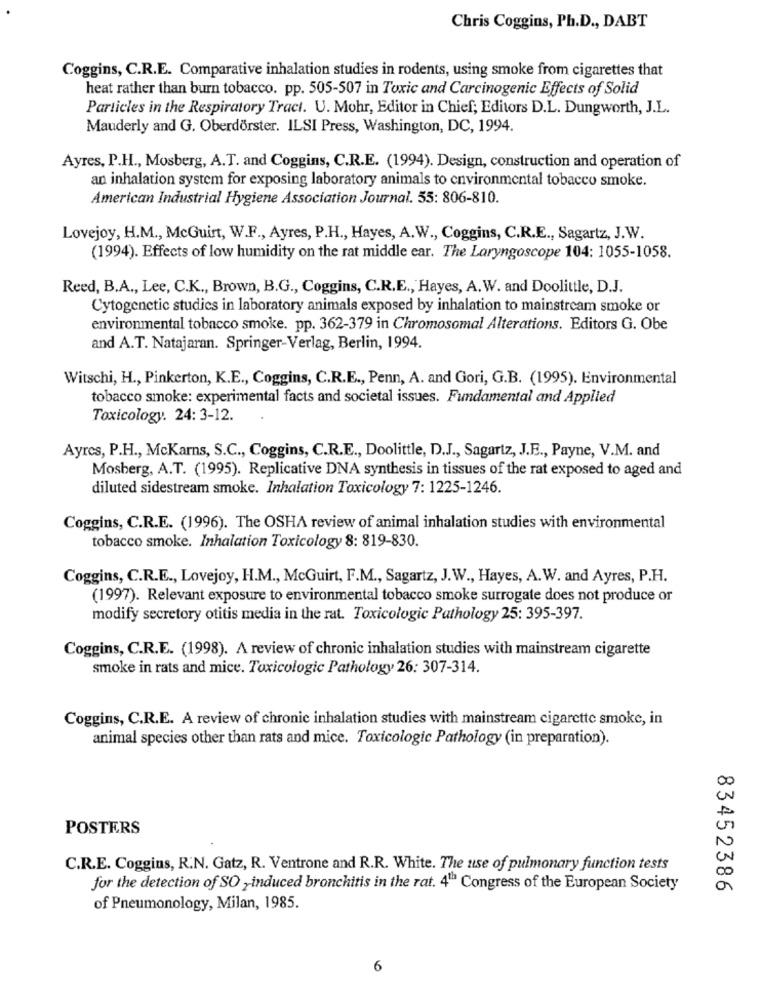
Chris Coggins, Ph.D ., DABT
Coggins, C.R.E. Comparative inhalation studies in rodents, using smoke from cigarettes that
heat rather than burn tobacco. pp. 505-507 in Toxic and Carcinogenic Effects of Solid
Particles in the Respiratory Tract. U. Mohr, Editor in Chief; Editors D.L. Dungworth, J.L.
Mauderly and G. Oberdörster. ILSI Press, Washington, DC, 1994.
Ayres, P.H ., Mosberg, A.T. and Coggins, C.R.E. (1994). Design, construction and operation of
an inhalation system for exposing laboratory animals to environmental tobacco smoke.
American Industrial Hygiene Association Journal. 55: 806-810.
Lovejoy, H.M ., McGuirt, W.F ., Ayres, P.H ., Hayes, A.W ., Coggins, C.R.E ., Sagartz, J.W.
(1994). Effects of low humidity on the rat middle ear. The Laryngoscope 104: 1055-1058.
Reed, B.A ., Lee, C.K ., Brown, B.G ., Coggins, C.R.E ., Hayes, A.W. and Doolittle, D.J.
Cytogenetic studies in laboratory animals exposed by inhalation to mainstream smoke or
environmental tobacco smoke. pp. 362-379 in Chromosomal Alterations. Editors G. Obe
and A.T. Natajaran. Springer-Verlag, Berlin, 1994.
Witschi, H ., Pinkerton, K.E ., Coggins, C.R.E ., Penn, A. and Gori, G.B. (1995). Environmental
tobacco smoke: experimental facts and societal issues. Fundamental and Applied
Toxicology. 24: 3-12.
Ayres, P.H ., McKarns, S.C ., Coggins, C.R.E ., Doolittle, D.J ., Sagartz, J.E ., Payne, V.M. and
Mosberg, A.T. (1995). Replicative DNA synthesis in tissues of the rat exposed to aged and
diluted sidestream smoke. Inhalation Toxicology 7: 1225-1246.
Coggins, C.R.E. (1996). The OSHA review of animal inhalation studies with environmental
tobacco smoke. Inhalation Toxicology 8: 819-830.
Coggins, C.R.E ., Lovejoy, H.M ., McGuirt, F.M ., Sagartz, J.W ., Hayes, A.W. and Ayres, P.H.
(1997). Relevant exposure to environmental tobacco smoke surrogate does not produce or
modify secretory otitis media in the rat. Toxicologic Pathology 25: 395-397.
Coggins, C.R.E. (1998). A review of chronic inhalation studies with mainstream cigarette
smoke in rats and mice. Toxicologic Pathology 26: 307-314.
Coggins, C.R.E. A review of chronic inhalation studies with mainstream cigarette smoke, in
animal species other than rats and mice. Toxicologic Pathology (in preparation).
POSTERS
C.R.E. Coggins, R.N. Gatz, R. Ventrone and R.R. White. The use of pulmonary function tests
for the detection of SO , induced bronchitis in the rat. 4" Congress of the European Society
83452386
of Pneumonology, Milan, 1985.
6